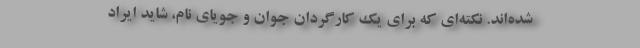
شده‌اند. نکته‌ای که برای یک کارگردان جوان و جویای نام، شاید ایراد